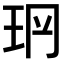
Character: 𤤡